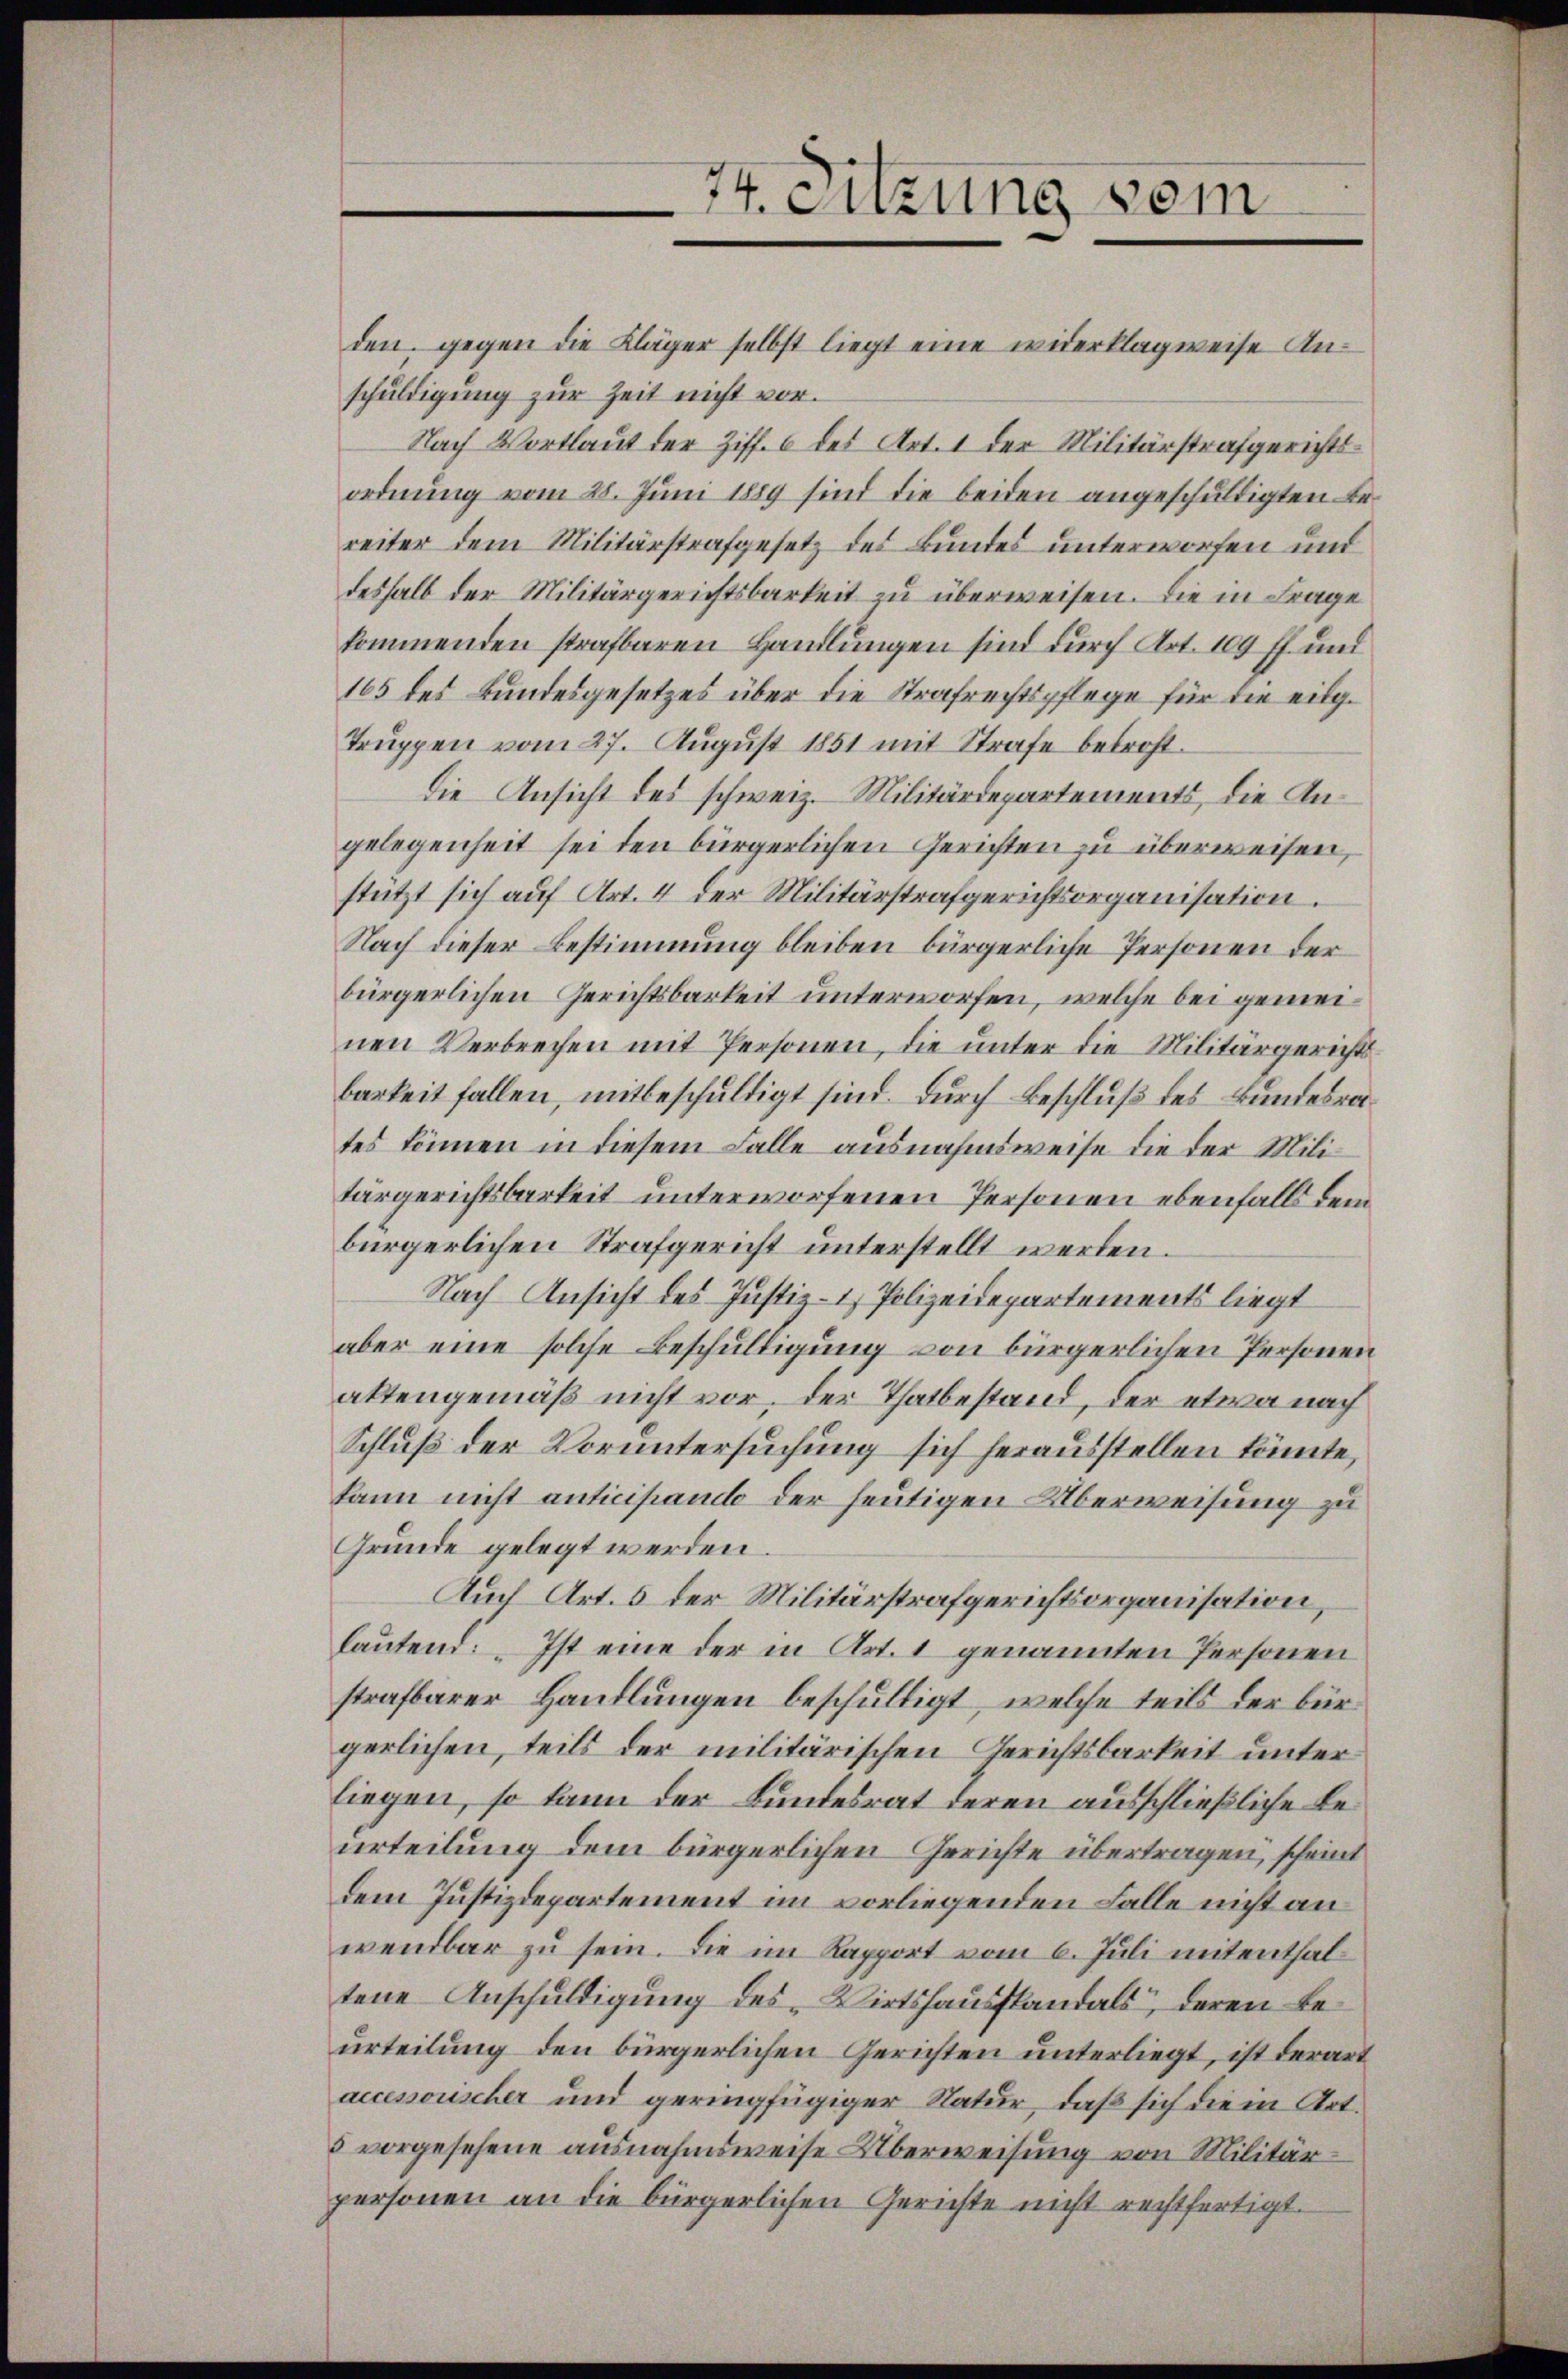
74. Sitzung vom

den gegen die Kläger selbst liegt eine widerklagweise Anschuldigung zur Zeit nicht vor.
Nach Wortlaut der Ziff. 6 des Art. 1 der Militärstrafgerichtsordnŭng vom 28. Jŭni 1889 sind die beiden angeschuldigten Bereiter dem Militärstrafgesetz des Bundes unterworfen und
deshalb der Militärgerichtsbarkeit zu überweisen. Die in Frage
kommenden strafbaren Handlungen sind durch Art. 109 ff. und
165 des Bundesgesetzes über die Strafrechtspflege für die eig¬
Trŭppen vom 27. August 1851 mit Strafe betrost.
die Ansicht des schweiz. Militärdepartements, die Angelegenheit sei den bürgerlichen Gerichten zu überweisen,
stützt sich auf Art. 4 der Militärstrafgerichtsorganisation.
Nach dieser Bestimmung bleiben bürgerliche Personen der
bürgerlichen Gerichtsbarkeit unterworfen, welche bei gemeinen Verbrechen mit Personen, die unter die Militärgerichtsbarkeit fallen, mitbeschuldigt sind. Durch Beschluß des Bundesrates können in diesem Falle ausnahmsweise die der Militärgerichtsbarkeit unterworfenen Personen ebenfalls dem
bürgerlichen Strafgericht unterstellt werden.
Nach Ansicht des Justiz- & Polizeidepartements liegt
aber eine solche Beschuldigung von bürgerlichen Personen
aktengemäß nicht vor, der Thatbestand, der etwa nach
Schluß der Voruntersuchung sich herausstellen könnte,
kann nicht anticipando der heutigen Überweisung zu
Grunde gelegt werden.
Auch Art. 5 der Militärstrafgerichtsorganisation,
lautend: „Ist eine der in Art. 1 genannten Personen
strafbarer Handlungen beschultigt, welche teils der bürgerlichen, teils der militärischen Gerichtsbarkeit unterliegen, so kann der Bundesrat deren ausschließliche Reurteilung dem bürgerlichen Gerichte übertragen, scheint
dem Justizdepartement im vorliegenden Falle nicht an
wendbar zu sein. Die im Rapport vom 6. Juli mitenthal
tene Anschuldigung des „Wirtshausslandals, deren Beurteilung den bürgerlichen Gerichten unterliegt, ist derart
accessouscher und geringfügiger Natur, daß sich die in Art.
5 vorgesehene ausnahmsweise Überweisung von Militärpersonen an die bürgerlichen Gerichte nicht rechtfertigt.